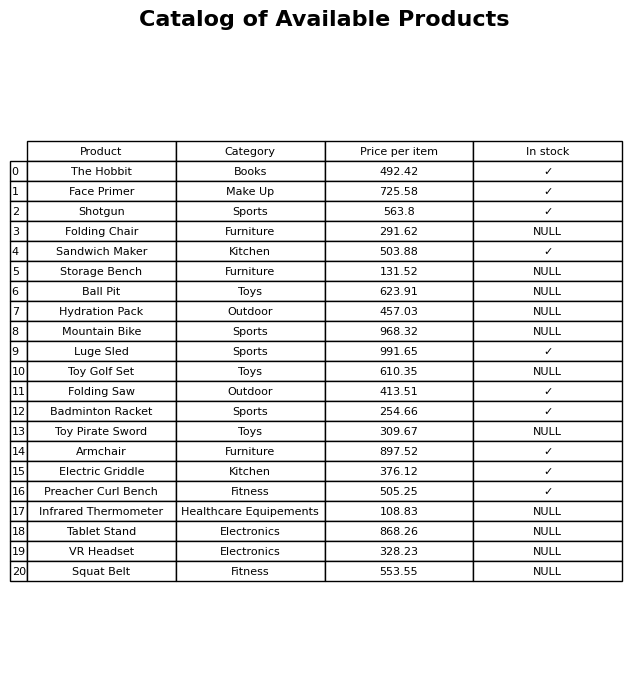
question: Which products are currently out of stock?
answer: Folding Chair, Storage Bench, Ball Pit, Hydration Pack, Mountain Bike, Toy Golf Set, Toy Pirate Sword, Infrared Thermometer, Tablet Stand, VR Headset, Squat Belt